Newspaper: Nashville patriot. [volume]
Place of publication: Nashville, Tenn.
Publisher: Smith, Camp & Co.
Date: 1860-01-19 00:00:00
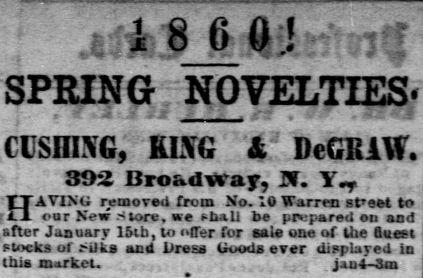
Advertisement text (OCR):
8 0 Oi! v r-- SPRING NOVELTIES. w -2. a r.-i. a-Jt i"J . . . .i CUSfflXG, RIXG & DeCIllW. 392 Broadway, If. HATING removed from No. 10 Warren sfeet to oar New store, we t-bali be prepared en and after January 15ib, to offer for sals one of the Bueet stocks of i-ilks and Dress Goods ever displayed lo this market. , , . i-. jau4-3ra
Label: text-only